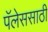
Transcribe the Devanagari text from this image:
पॅलेससाठी